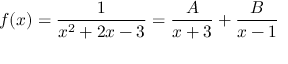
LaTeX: f ( x ) = { \frac { 1 } { x ^ { 2 } + 2 x - 3 } } = { \frac { A } { x + 3 } } + { \frac { B } { x - 1 } }